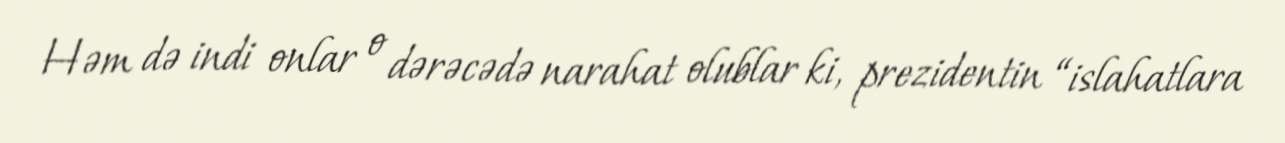
Həm də indi onlar o dərəcədə narahat olublar ki, prezidentin “islahatlara